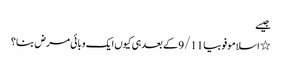
جیسے
٭ اسلاموفوبیا 9/11 کے بعد ہی کیوں ایک وبائی مرض بنا؟